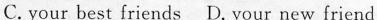
C.your best friends D. Your new friend